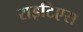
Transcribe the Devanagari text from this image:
राइटिएस